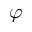
\varphi